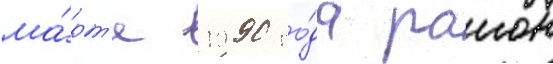
ма́рт'е 1990 го́да раион